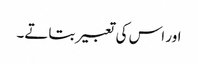
اور اس کی تعبیر بتاتے۔